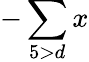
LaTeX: -\sum\limits_{5>d}x